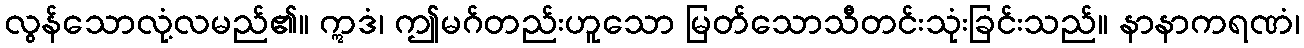
လွန်သောလုံ့လမည်၏။ ဣဒံ၊ ဤမဂ်တည်းဟူသော မြတ်သောသီတင်းသုံးခြင်းသည်။ နာနာကရဏံ၊